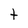
Character: t